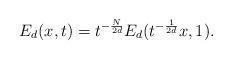
LaTeX: \begin{align*}E_{d}(x,t)=t^{-\frac{N}{2d}}E_d(t^{-\frac{1}{2d}}x,1).\end{align*}